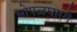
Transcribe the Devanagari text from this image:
भोपळघारगे